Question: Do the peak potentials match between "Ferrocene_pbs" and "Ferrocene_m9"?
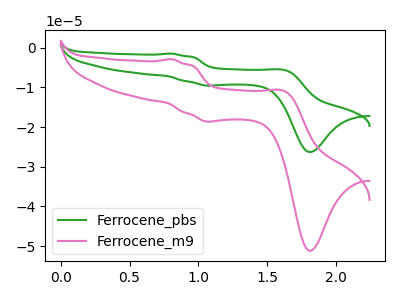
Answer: <think>The green curve "Ferrocene_pbs" has anodic peaks at (0.80V, -1.50uA) (1.65V, -5.70uA) and cathodic peaks at (1.10V, -9.55uA) (1.80V, -26.25uA). The pink curve "Ferrocene_m9" has anodic peaks at (0.80V, -2.90uA) (1.65V, -11.05uA) and cathodic peaks at (1.10V, -18.60uA) (1.80V, -51.15uA).</think>
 <answer>Yes, "Ferrocene_pbs" have a peak in "Ferrocene_m9" at the same potential.</answer>
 <eval>match</eval>